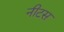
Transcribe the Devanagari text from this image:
नीटस